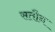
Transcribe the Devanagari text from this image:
सतौन